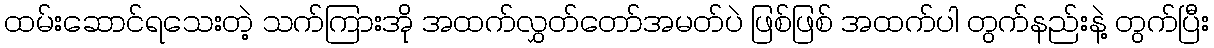
ထမ်းဆောင်ရသေးတဲ့ သက်ကြားအို အထက်လွှတ်တော်အမတ်ပဲ ဖြစ်ဖြစ် အထက်ပါ တွက်နည်းနဲ့ တွက်ပြီး